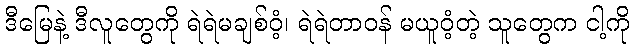
ဒီမြေနဲ့ ဒီလူတွေကို ရဲရဲမချစ်ဝံ့၊ ရဲရဲတာဝန် မယူဝံ့တဲ့ သူတွေက ငါ့ကို